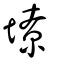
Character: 㙩